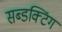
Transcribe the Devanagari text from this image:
सब्डक्टिंग